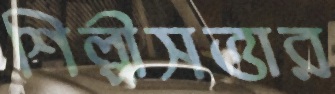
শিল্পীসত্তার